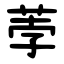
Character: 荸